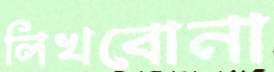
লিখবোনা